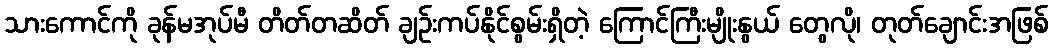
သားကောင်ကို ခုန်မအုပ်မီ တိတ်တဆိတ် ချဉ်းကပ်နိုင်စွမ်းရှိတဲ့ ကြောင်ကြီးမျိုးနွယ် တွေလို၊ တုတ်ချောင်းအဖြစ်